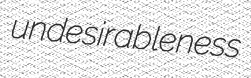
undesirableness